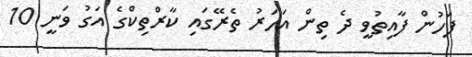
ފަހުން ފާއިތުވީ ދެ ތިން އަހަރު ތެރޭގައި ކާރްތިކްގެ އަގު ވަނީ 10